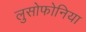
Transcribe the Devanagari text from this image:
लुसोफोनिया